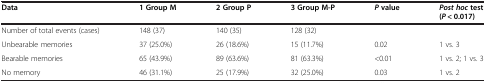
| Data | 1 Group M | 2 Group P | 3 Group M-P | P value | Post hoc test (P < 0.017) |
 | --- | --- | --- | --- | --- | --- |
 | Number of total events (cases) | 148 (37) | 140 (35) | 128 (32) |  |  |
 | Unbearable memories | 37 (25.0%) | 26 (18.6%) | 15 (11.7%) | 0.02 | 1 vs. 3 |
 | Bearable memories | 65 (43.9%) | 89 (63.6%) | 81 (63.3%) | <0.01 | 1 vs. 2; 1 vs. 3 |
 | No memory | 46 (31.1%) | 25 (17.9%) | 32 (25.0%) | 0.03 | 1 vs. 2 |